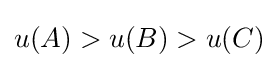
u(A)>u(B)>u(C)